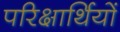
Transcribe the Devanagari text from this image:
परिक्षार्थियों